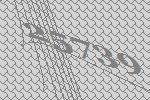
25739